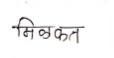
मजकूर: मिळकत